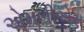
એમબીએસ